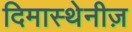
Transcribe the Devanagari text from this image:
दिमास्थेनीज़